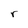
Character: r